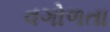
વગોળતા